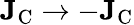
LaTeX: \mathbf{J}_{\textrm{C}}\rightarrow-\mathbf{J}_{\textrm{C}}